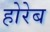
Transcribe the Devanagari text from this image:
होरेब